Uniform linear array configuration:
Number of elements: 48
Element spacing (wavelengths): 0.5
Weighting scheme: blackman
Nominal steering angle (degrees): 45
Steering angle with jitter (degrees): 43.248
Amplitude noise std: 0.05
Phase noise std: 0.05

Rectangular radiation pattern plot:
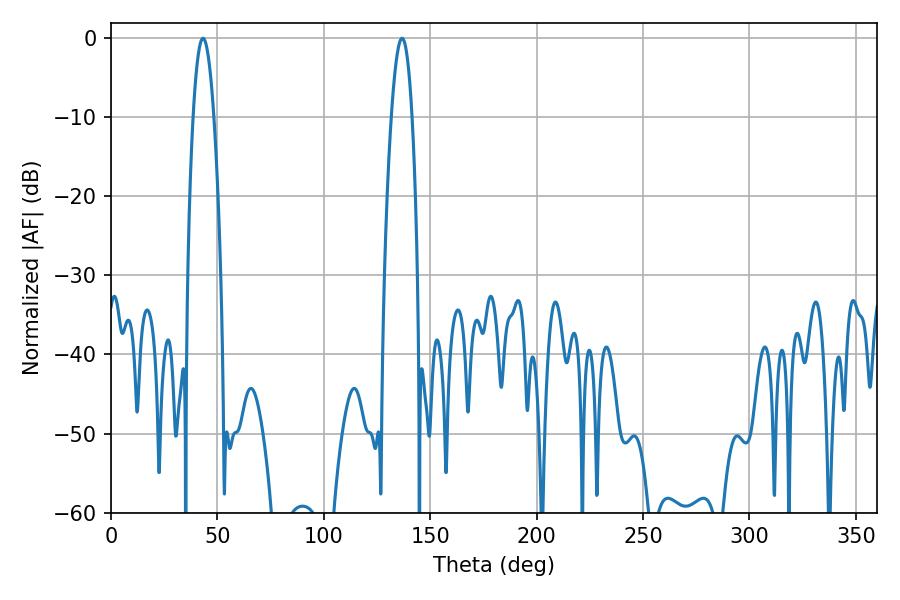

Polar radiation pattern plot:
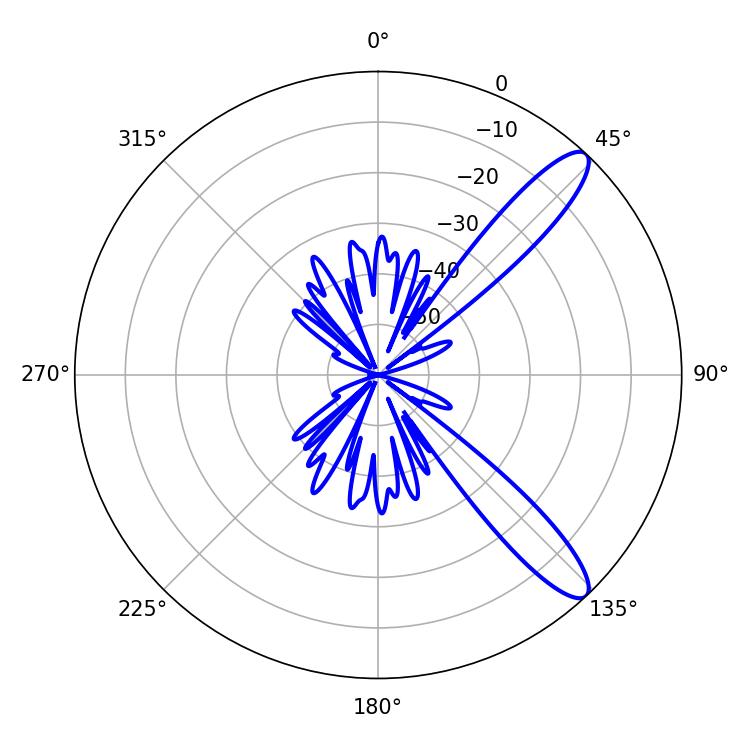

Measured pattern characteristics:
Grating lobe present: FALSE
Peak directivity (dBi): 11.593
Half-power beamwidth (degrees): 5.22
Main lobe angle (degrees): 43.2